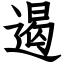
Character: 遏